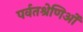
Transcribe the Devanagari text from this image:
पर्वतश्रेणिओं